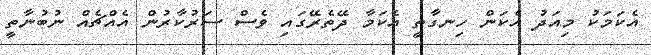
އެކަމަކު މިއަދު އެކަން ހިނގާތީ އެކަމާ ދޭތެރޭގައި ވެސް ސަރުކާރުން އެއްޗެއް ނުބުނާތީ